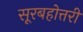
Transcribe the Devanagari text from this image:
सूरबहोत्तरी